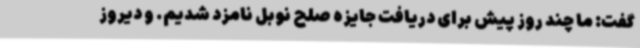
گفت: ما چند روز پیش برای دریافت جایزه صلح نوبل نامزد شدیم. و دیروز